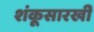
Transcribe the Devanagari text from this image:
शंकूसारखी